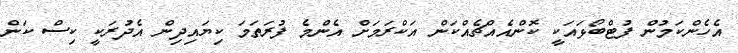
އެހެންކަމުން ފުޓްބޯޅައަކީ ކޮންއެއްޗެއްކަން އަކްރަމަށް އެންމެ ފުރަތަމަ ކިޔައިދިން އެދުރަކީ ކިސް ކަން